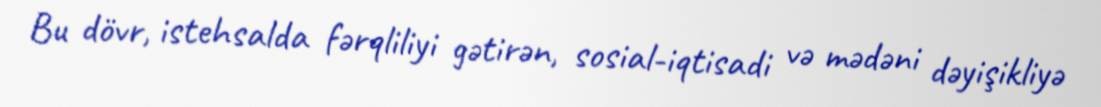
Bu dövr, istehsalda fərqliliyi gətirən, sosial-iqtisadi və mədəni dəyişikliyə